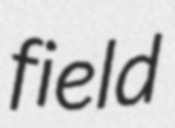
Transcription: field